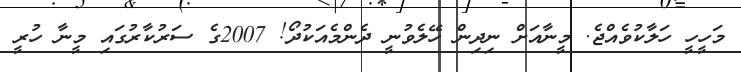
މަހީހީ ހަލާކުވެއްޖެ. މީނާއަށް ނިދިން ހޭލެވުނީ ދެންމެއަކުދޯ! 2007ގެ ސަރުކާރުގައި މީނާ ހުރީ